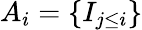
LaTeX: A_{i}=\{ I_{j\leq i}\}